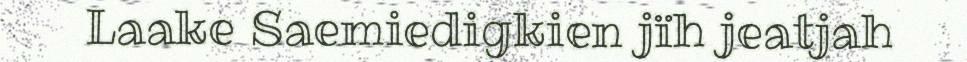
Laake Saemiedigkien jïh jeatjah